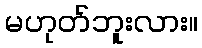
မဟုတ်ဘူးလား။